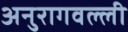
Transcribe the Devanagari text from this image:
अनुरागवल्ली